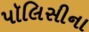
પૉલિસીના